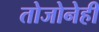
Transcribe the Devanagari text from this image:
तोजोनेही